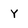
Character: Y